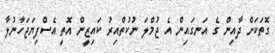
ގޮތަކަށް ދާއިން ގެ އަނގައިން އެ ޖުމްލަ ނުކުތްއިރު ކައިޒީން އޮތީ އެސްފިޔަޖަހާނުލާ